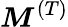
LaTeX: \boldsymbol{M}^{(T)}